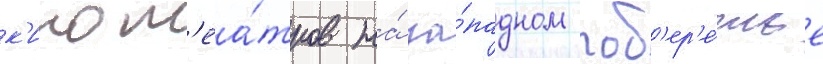
к'инот'еа́тров на́ за́падном поб'ер'е́жье